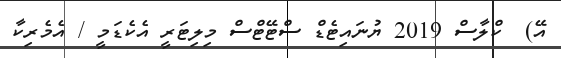
އޭ)  ކްލާސް 2019 ޔުނައިޓެޑް ސްޓޭޓްސް މިލިޓަރީ އެކެޑަމީ / އެމެރިކާ